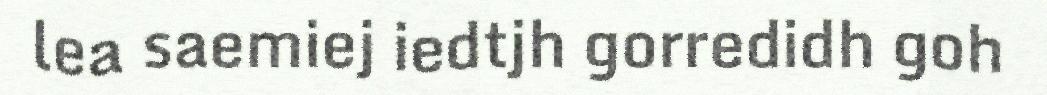
lea saemiej iedtjh gorredidh goh